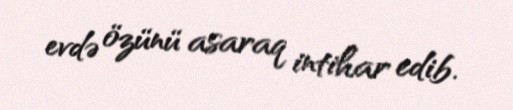
evdə özünü asaraq intihar edib.